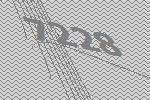
7228